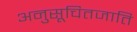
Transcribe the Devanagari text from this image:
अनुसूचितजाति